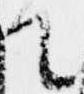
て